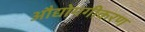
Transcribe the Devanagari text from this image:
औद्योगगीकरण